Rangoon Lunatic Asylum 1878-1892 - 1878-1892
Year: 1878
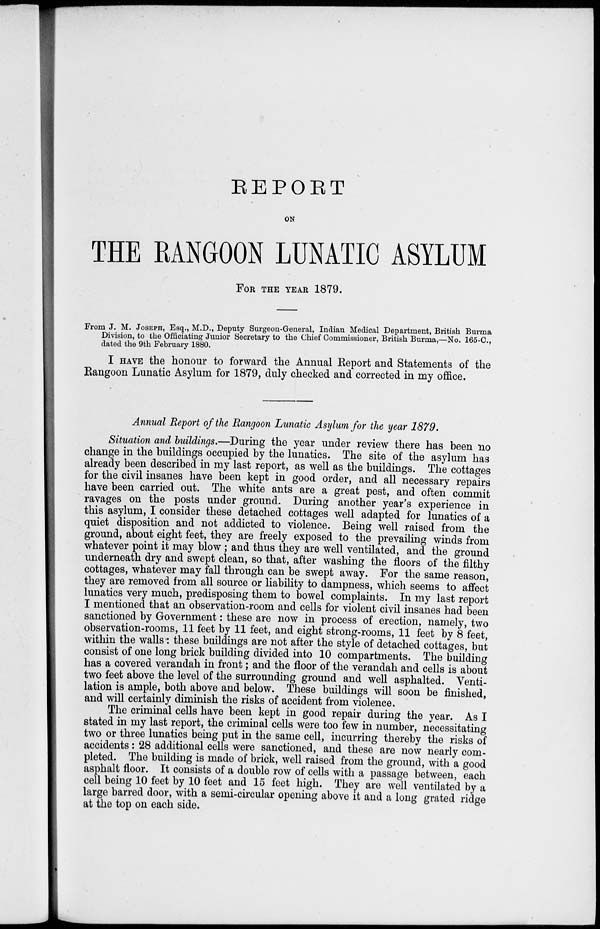
REPORT
ON
THE RANGOON LUNATIC ASYLUM
FOR THE YEAR 1879.
From J. M. JOSEPH, Esq., M.D., Deputy Surgeon-General, Indian Medical Department, British Burma
Division, to the Officiating Junior Secretary to the Chief Commissioner, British Burma,—No. 165-C.,
dated the 9th February 1880.
I HAVE the honour to forward the Annual Report and Statements of the
Rangoon Lunatic Asylum for 1879, duly checked and corrected in my office.
Annual Report of the Rangoon Lunatic Asylum for the year 1879.
Situation and buildings.—During the year under review there has been no
change in the buildings occupied by the lunatics. The site of the asylum has
already been described in my last report, as well as the buildings. The cottages
for the civil insanes have been kept in good order, and all necessary repairs
have been carried out. The white ants are a great pest, and often commit
ravages on the posts under ground. During another year's experience in
this asylum, I consider these detached cottages well adapted for lunatics of a
quiet disposition and not addicted to violence. Being well raised from the
ground, about eight feet, they are freely exposed to the prevailing winds from
whatever point it may blow ; and thus they are well ventilated, and the ground
underneath dry and swept clean, so that, after washing the floors of the filthy
cottages, whatever may fall through can be swept away. For the same reason,
they are removed from all source or liability to dampness, which seems to affect
lunatics very much, predisposing them to bowel complaints. In my last report
I mentioned that an observation-room and cells for violent civil insanes had been
sanctioned by Government: these are now in process of erection, namely, two
observation-rooms, 11 feet by 11 feet, and eight strong-rooms, 11 feet by 8 feet,
within the walls : these buildings are not after the style of detached cottages, but
consist of one long brick building divided into 10 compartments. The building
has a covered verandah in front; and the floor of the verandah and cells is about
two feet above the level of the surrounding ground and well asphalted. Venti-
lation is ample, both above and below. These buildings will soon be finished,
and will certainly diminish the risks of accident from violence.
The criminal cells have been kept in good repair during the year. As I
stated in my last report, the criminal cells were too few in number, necessitating
two or three lunatics being put in the same cell, incurring thereby the risks of
accidents: 28 additional cells were sanctioned, and these are now nearly com-
pleted. The building is made of brick, well raised from the ground, with a good
asphalt floor. It consists of a double row of cells with a passage between, each
cell being 10 feet by 10 feet and 15 feet high. They are well ventilated by a
large barred door, with a semi-circular opening above it and a long grated ridge
at the top on each side.